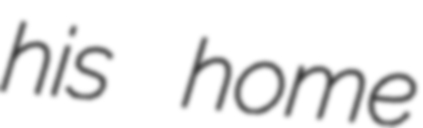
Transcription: his home